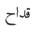
قداح